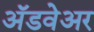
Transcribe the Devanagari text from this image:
अॅडवेअर